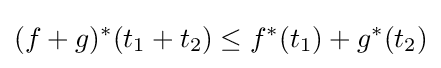
(f+g)^{*}(t_{1}+t_{2})\leq f^{*}(t_{1})+g^{*}(t_{2})